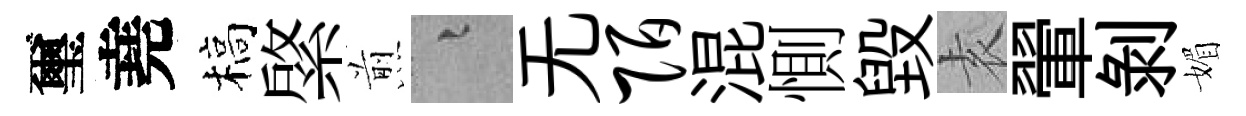
璽堯槁綮煎融无陌混惻毁𡊮翬剥媚